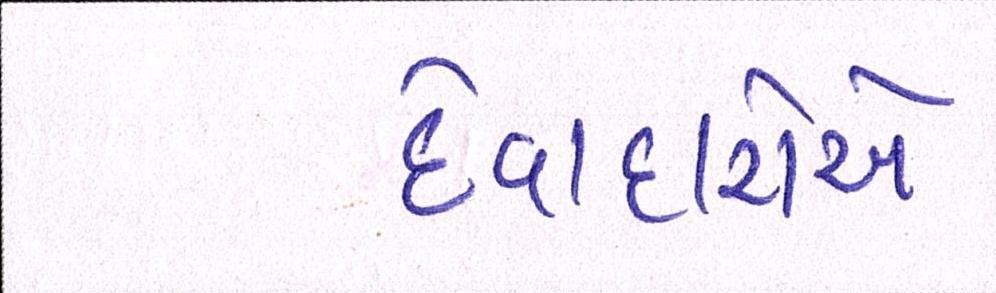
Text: દેવાદારોએ